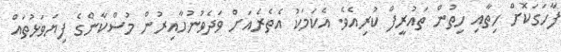
ފާހަގަކޮށް ހިތާއި ހިތުން ތައުރީފް ކުރިއެވެ. އެކަމަކު އެތެރެއަށް ވަދެވުނުހާއިރުން މުސްކާންގެ ފިޔަވަޅުތައް